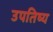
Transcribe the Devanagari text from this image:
उपतिष्य